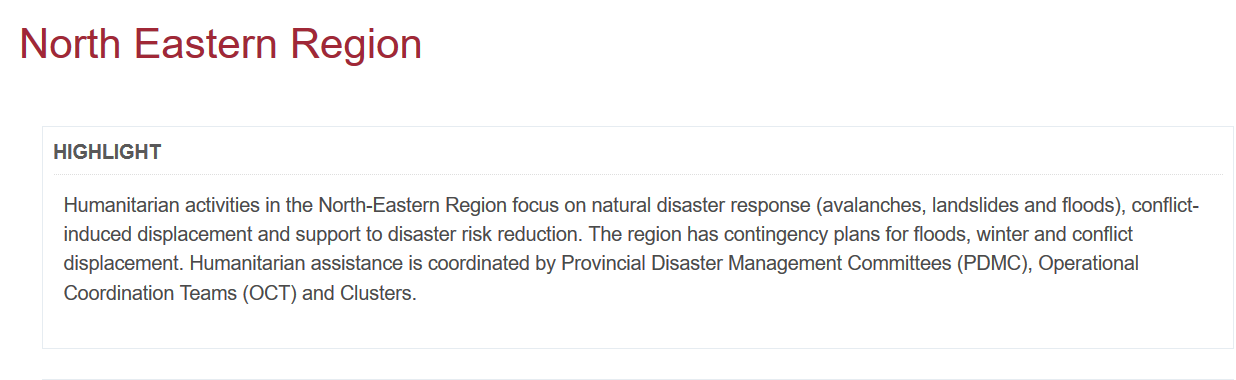
North    Eastern    Region
     HIGHLIGHT
     Humanitarian activities in the North-Eastern Region focus on natural disaster response (avalanches, landslides and floods), conflict-
     induced displacement and support to disaster risk reduction. The region has contingency plans for floods, winter and conflict
     displacement. Humanitarian assistance is coordinated by Provincial Disaster Management Committees (PDMC), Operational
     Coordination Teams (OCT) and Clusters.